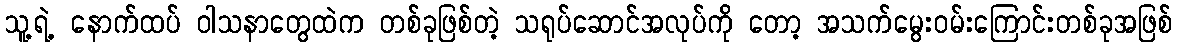
သူ့ရဲ့ နောက်ထပ် ဝါသနာတွေထဲက တစ်ခုဖြစ်တဲ့ သရုပ်ဆောင်အလုပ်ကို တော့ အသက်မွေးဝမ်းကြောင်းတစ်ခုအဖြစ်